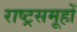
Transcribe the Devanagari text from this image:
राष्ट्रसमूहों